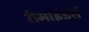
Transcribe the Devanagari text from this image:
रीमाइंडर्स